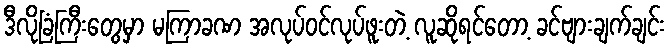
ဒီလိုခြံကြီးတွေမှာ မကြာခဏ အလုပ်ဝင်လုပ်ဖူးတဲ့ လူဆိုရင်တော့ ခင်ဗျားချက်ချင်း